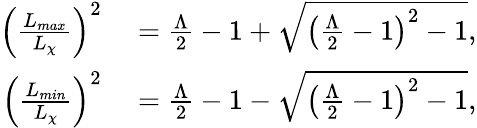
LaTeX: \begin{array}{rl}{\left(\frac{L_{max}}{L_{\chi}}\right)^{2}}&{{}=\frac{\Lambda}{2}-1+\sqrt{\left(\frac{\Lambda}{2}-1\right)^{2}-1},}\\ {\left(\frac{L_{min}}{L_{\chi}}\right)^{2}}&{{}=\frac{\Lambda}{2}-1-\sqrt{\left(\frac{\Lambda}{2}-1\right)^{2}-1},}\end{array}